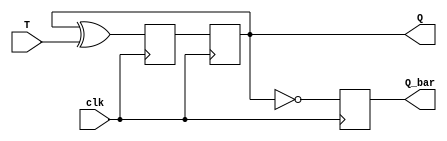
module T_ff(input clk, input T, output reg Q, output reg Q_bar);

  reg D;
  
  always @(posedge clk) begin
    D <= Q ^ T;
    Q <= D;
    Q_bar <= ~Q;
  end

endmodule